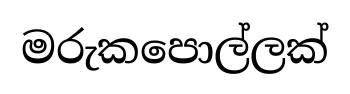
මරුකපොල්ලක්